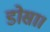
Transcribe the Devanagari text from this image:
डोसा।